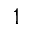
1